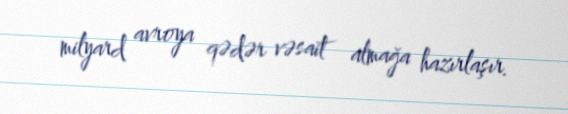
milyard avroya qədər vəsait almağa hazırlaşır.